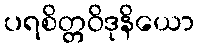
ပရစိတ္တဝိဒုနိယော